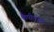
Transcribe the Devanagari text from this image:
कैपीटोल